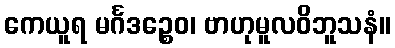
ကေယူရ မင်္ဂဒဉ္စေဝ၊ ဗာဟုမူလဝိဘူသနံ။